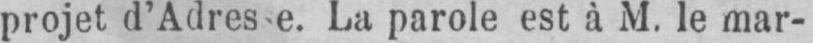
La parole est à M. le mar-